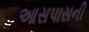
આસપાસની